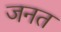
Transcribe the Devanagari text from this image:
जनत